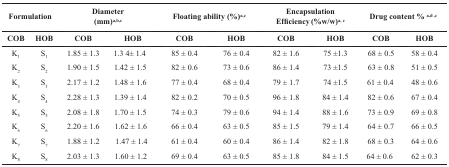
<table><thead><tr><td colspan="2"><b>Formulation</b></td><td colspan="2"><b>Diameter(mm)<sup>a,b,c</sup></b></td><td colspan="2"><b>Floating ability (%)<sup>a,c</sup></b></td><td colspan="2"><b>EncapsulationEfficiency(%w/w)<sup>a, c</sup></b></td><td colspan="2"><b>Drug content % <sup>a,d ,c</sup></b></td></tr><tr><td><b>COB</b></td><td><b>HOB</b></td><td><b>COB</b></td><td><b>HOB</b></td><td><b>COB</b></td><td><b>HOB</b></td><td><b>COB</b></td><td><b>HOB</b></td><td><b>COB</b></td><td><b>HOB</b></td></tr></thead><tbody><tr><td>K<sub>1</sub></td><td>S<sub>1</sub></td><td>1.85 ± 1.3</td><td>1.3 4± 1.4</td><td>85 ± 0.4</td><td>76 ± 0.4</td><td>82 ± 1.6</td><td>75 ±1.3</td><td>68 ± 0.5</td><td>58 ± 0.4</td></tr><tr><td>K<sub>2</sub></td><td>S<sub>2</sub></td><td>1.90 ± 1.5</td><td>1.42 ± 1.5</td><td>82 ± 0.6</td><td>73 ± 0.6</td><td>86 ± 1.4</td><td>73 ±1.5</td><td>63 ± 0.8</td><td>51 ± 0.5</td></tr><tr><td>K<sub>3</sub></td><td>S<sub>3</sub></td><td>2.17 ± 1.2</td><td>1.48 ± 1.6</td><td>77 ± 0.4</td><td>68 ± 0.4</td><td>79 ± 1.7</td><td>74 ±1.5</td><td>61 ± 0.4</td><td>48 ± 0.6</td></tr><tr><td>K<sub>4</sub></td><td>S<sub>4</sub></td><td>2.28 ± 1.3</td><td>1.39 ± 1.4</td><td>82 ± 0.2</td><td>70 ± 0.5</td><td>96 ± 1.8</td><td>84 ± 1.4</td><td>82 ± 0.6</td><td>67 ± 0.4</td></tr><tr><td>K<sub>5</sub></td><td>S<sub>5</sub></td><td>2.08 ± 1.8</td><td>1.70 ± 1.5</td><td>74 ± 0.3</td><td>79 ± 0.6</td><td>94 ± 1.4</td><td>88 ± 1.6</td><td>73 ± 0.9</td><td>69 ± 0.8</td></tr><tr><td>K<sub>6</sub></td><td>S<sub>6</sub></td><td>2.20 ± 1.6</td><td>1.62 ± 1.6</td><td>66 ± 0.4</td><td>63 ± 0.5</td><td>85 ± 1.5</td><td>79 ± 1.4</td><td>64 ± 0.7</td><td>66 ± 0.5</td></tr><tr><td>K<sub>7</sub></td><td>S<sub>7</sub></td><td>1.88 ± 1.2</td><td>1.47 ± 1.4</td><td>61 ± 0.4</td><td>60 ± 0.4</td><td>86 ± 1.4</td><td>82 ± 1.8</td><td>68 ± 0.3</td><td>64 ± 0.6</td></tr><tr><td>K<sub>8</sub></td><td>S<sub>8</sub></td><td>2.03 ± 1.3</td><td>1.60 ± 1.2</td><td>69 ± 0.4</td><td>63 ± 0.5</td><td>85 ± 1.8</td><td>84 ± 1.5</td><td>64 ± 0.6</td><td>62 ± 0.3</td></tr></tbody></table>